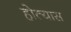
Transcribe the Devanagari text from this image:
होत्यास